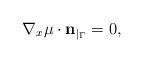
\begin{align*}\nabla_x \mu \cdot {\bf n}_{|_{\Gamma}} = 0,\end{align*}